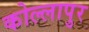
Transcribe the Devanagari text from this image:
कोल्लापुर